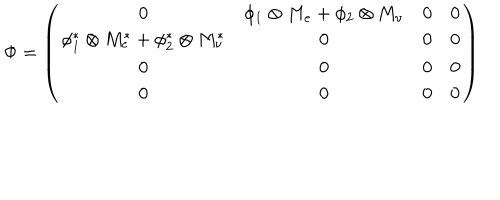
\Phi = \left( \begin{array} { c c c c } { { 0 } } & { { \phi _ { 1 } \otimes M _ { e } + \phi _ { 2 } \otimes M _ { \nu } } } & { { 0 } } & { { 0 } } \\ { { \phi _ { 1 } ^ { * } \otimes M _ { e } ^ { * } + \phi _ { 2 } ^ { * } \otimes M _ { \nu } ^ { * } } } & { { 0 } } & { { 0 } } & { { 0 } } \\ { { 0 } } & { { 0 } } & { { 0 } } & { { 0 } } \\ { { 0 } } & { { 0 } } & { { 0 } } & { { 0 } } \\ \end{array} \right)